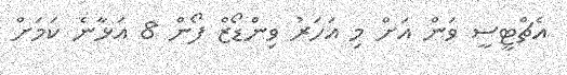
އެޗްޓީސީ ވަން އަށް މި އަހަރު ވިންޑޯޒް ފޯން 8 އަޅާނެ ކަމަށް